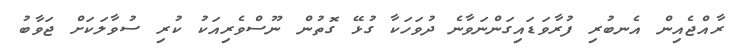
ރާއްޖެއިން އެނބުރި ފުރާވަޑައިގަންނަވާނެ ދުވަހަކާ ގުޅޭ ގޮތުން ނޫސްވެރިއަކު ކުރި ސުވާލަކަށް ޖަވާބު